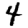
Digit: 4